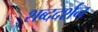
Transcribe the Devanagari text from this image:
शब्ददर्शन